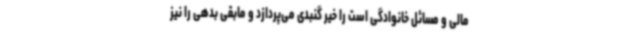
مالی و مسائل خانوادگی است را خیر گنبدی می‌پردازد و مابقی بدهی را نیز